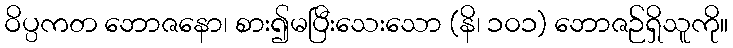
ဝိပ္ပကတ ဘောဇနော၊ စား၍မပြီးသေးသော (နိ၊ ၁၀၁) ဘောဇဉ်ရှိသူကို။